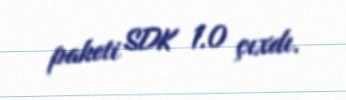
paketi SDK 1.0 çıxdı.